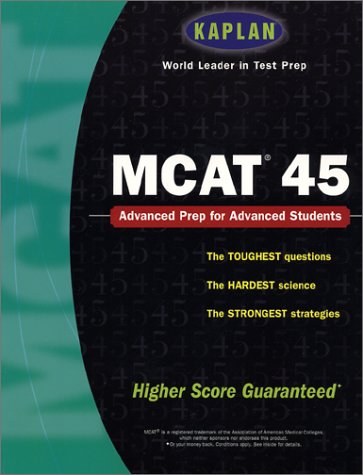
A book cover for Kaplan MCAT 45; Kaplan; Test Preparation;